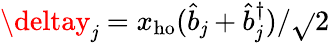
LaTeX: \deltay_{\mathit{j}}=x_{\mathrm{{ho}}}(\hat{{b}}_{\mathit{j}}+\hat{{b}}_{\mathit{j}}^{\dagger})/\sqrt{}{{2}}